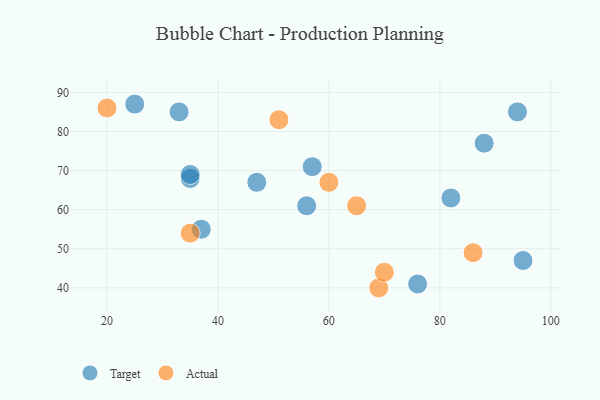
{"axis": {"x": "GDP", "y": "Life Expectancy"}, "legend": ["Actual", "Target"], "data": [{"x": "95", "y": 47, "type": "Target"}, {"x": "33", "y": 85, "type": "Target"}, {"x": "94", "y": 85, "type": "Target"}, {"x": "88", "y": 77, "type": "Target"}, {"x": "37", "y": 55, "type": "Target"}, {"x": "35", "y": 68, "type": "Target"}, {"x": "47", "y": 67, "type": "Target"}, {"x": "56", "y": 61, "type": "Target"}, {"x": "82", "y": 63, "type": "Target"}, {"x": "25", "y": 87, "type": "Target"}, {"x": "35", "y": 69, "type": "Target"}, {"x": "57", "y": 71, "type": "Target"}, {"x": "76", "y": 41, "type": "Target"}, {"x": "20", "y": 86, "type": "Actual"}, {"x": "86", "y": 49, "type": "Actual"}, {"x": "35", "y": 54, "type": "Actual"}, {"x": "60", "y": 67, "type": "Actual"}, {"x": "65", "y": 61, "type": "Actual"}, {"x": "69", "y": 40, "type": "Actual"}, {"x": "51", "y": 83, "type": "Actual"}, {"x": "70", "y": 44, "type": "Actual"}]}